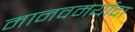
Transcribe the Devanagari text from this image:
मानवमर्यादा